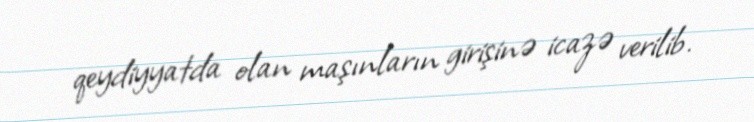
qeydiyyatda olan maşınların girişinə icazə verilib.